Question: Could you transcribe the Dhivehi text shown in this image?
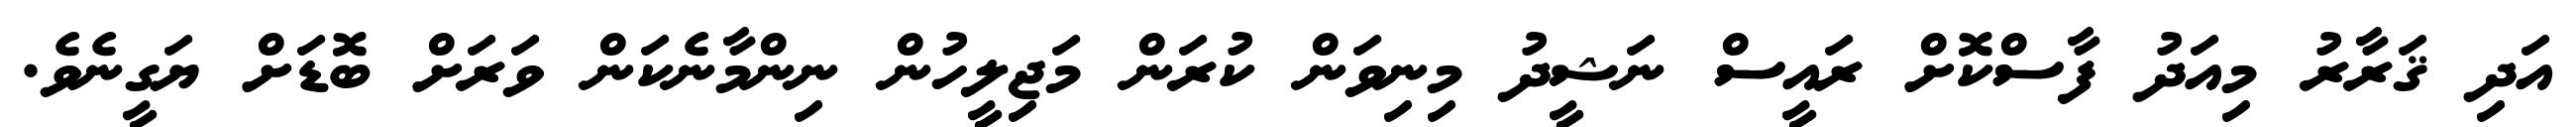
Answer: އަދި ޤަރާރު މިއަދު ފާސްކޮށް ރައީސް ނަޝީދު މިނިވަން ކުރަން މަޖިލީހުން ނިންމާނެކަން ވަރަށް ބޮޑަށް ޔަގީނެވެ.